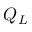
Q _ { L }